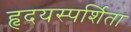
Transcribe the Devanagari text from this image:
हृदयस्पर्शिता